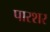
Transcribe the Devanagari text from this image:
पारशर